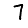
Digit: 7